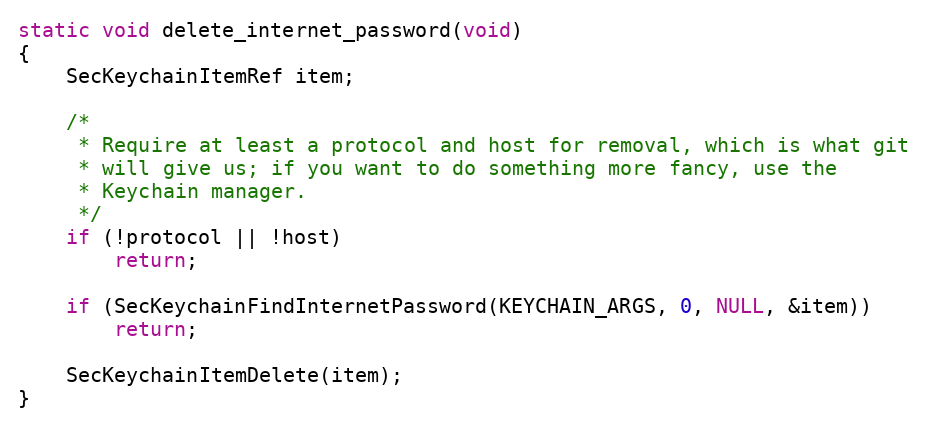
Language: C
static void delete_internet_password(void)
{
	SecKeychainItemRef item;

	/*
	 * Require at least a protocol and host for removal, which is what git
	 * will give us; if you want to do something more fancy, use the
	 * Keychain manager.
	 */
	if (!protocol || !host)
		return;

	if (SecKeychainFindInternetPassword(KEYCHAIN_ARGS, 0, NULL, &item))
		return;

	SecKeychainItemDelete(item);
}